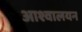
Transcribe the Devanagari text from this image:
आश्वालयन